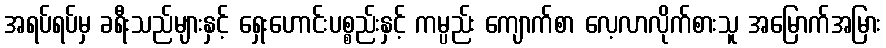
အရပ်ရပ်မှ ခရီးသည်များနှင့် ရှေးဟောင်းပစ္စည်းနှင့် ကမ္ပည်း ကျောက်စာ လေ့လာလိုက်စားသူ အမြောက်အမြား